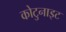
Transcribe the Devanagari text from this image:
कोटुनाइट